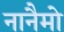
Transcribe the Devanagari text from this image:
नानैमो